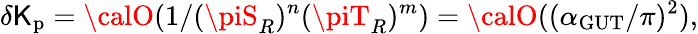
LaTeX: \delta\mathsf{K}_{\mathrm{{p}}}={\calO}(1/(\piS_{R})^{n}(\piT_{R})^{m})={\calO}((\alpha_{\mathrm{{GUT}}}/\pi)^{2}),